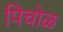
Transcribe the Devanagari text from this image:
पिचोळ